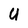
Character: U